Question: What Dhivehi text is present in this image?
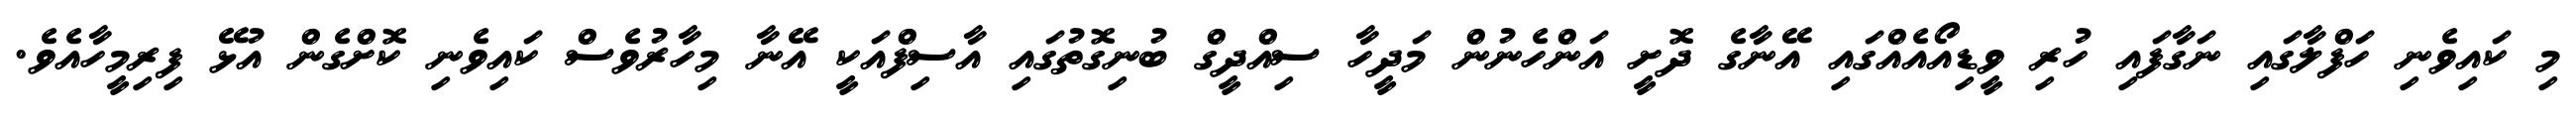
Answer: މި ކައިވެނި ހަފްލާގައި ނަގާފައި ހުރި ވީޑިއޯއެއްގައި އޭނާގެ ދޮށީ އަންހެނުން މަދީހާ ސިއްދީގް ބުނިގޮތުގައި އާސިފްއަކީ އޭނާ މިހާރުވެސް ކައިވެނި ކޮށްގެން އުޅޭ ފިރިމީހާއެވެ.